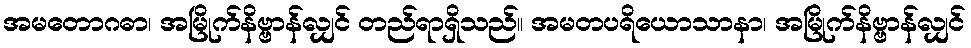
အမတောဂဓာ၊ အမြိုက်နိဗ္ဗာန်လျှင် တည်ရာရှိသည်။ အမတပရိယောသာနာ၊ အမြိုက်နိဗ္ဗာန်လျှင်